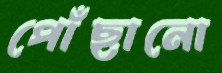
পোঁছানো